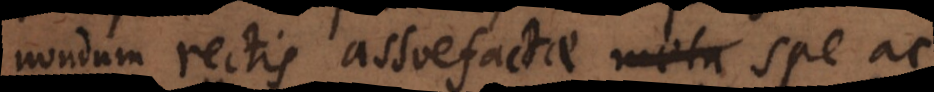
nondum rectis assuefactae spe ac